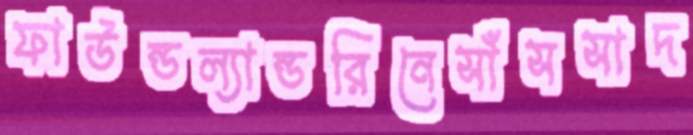
ফাউন্ডল্যান্ডরিনেসাঁসসাদ